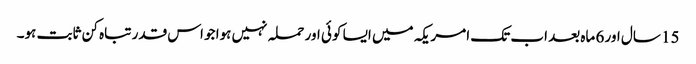
15 سال اور 6 ماہ بعد اب تک امریکہ میں ایسا کوئی اور حملہ نہیں ہوا جو اس قدر تباہ کن ثابت ہو۔